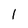
Character: I